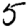
Digit: 5